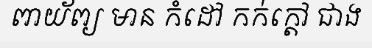
ពាយ័ព្យ មាន កំដៅ កក់ក្តៅ ជាង